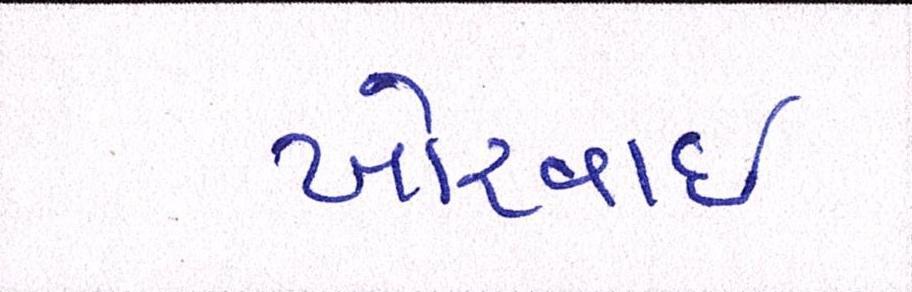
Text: ખોરવાઈ